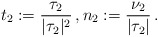
\begin{align*}t_2:= \frac{\tau_2}{|\tau_2|^2}\, ,n_2 := \frac{\nu_2}{|\tau_2|}\, .\end{align*}